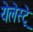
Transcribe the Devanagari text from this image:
येलेस्ट्रे